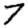
Digit: 7